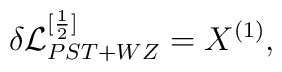
\delta {\cal L}_{PST + WZ}^{[\frac{1}{2}]} = X^{(1)} ,